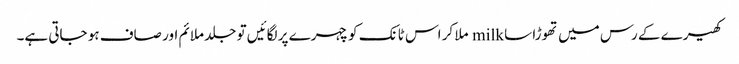
کھیرے کے رس میں تھوڑا سا milk ملا کر اس ٹانک کو چہرے پر لگائیں تو جلد ملائم اور صاف ہو جاتی ہے۔